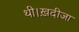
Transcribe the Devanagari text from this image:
थी।ख़दीजा